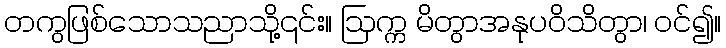
တကွဖြစ်သောသညာသို့၎င်း။ ဩက္က မိတွာအနုပဝိသိတွာ၊ ဝင်၍။